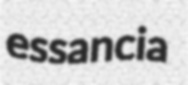
essancia